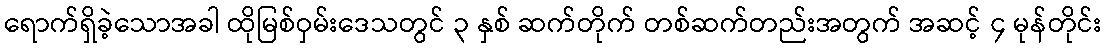
ရောက်ရှိခဲ့သောအခါ ထိုမြစ်ဝှမ်းဒေသတွင် ၃ နှစ် ဆက်တိုက် တစ်ဆက်တည်းအတွက် အဆင့် ၄ မုန်တိုင်း